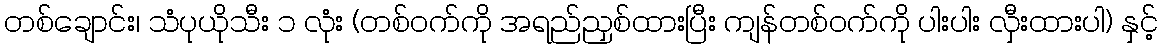
တစ်ချောင်း၊ သံပုယိုသီး ၁ လုံး (တစ်ဝက်ကို အရည်ညှစ်ထားပြီး ကျန်တစ်ဝက်ကို ပါးပါး လှီးထားပါ) နှင့်